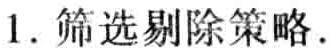
1. 筛选剔除策略.